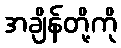
အချိန်တို့ကို